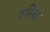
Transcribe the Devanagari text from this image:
एरिथ